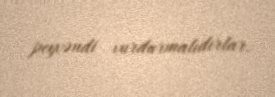
peyvəndi vurdurmalıdırlar.